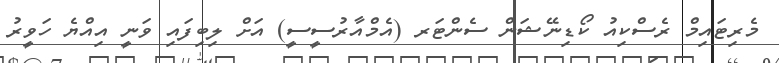
މެރިޓައިމް ރެސްކިއު ކޯޑިނޭޝަން ސެންޓަރ (އެމްއާރުސީސީ) އަށް ލިބިފައި ވަނީ އިއްޔެ ހަވީރު